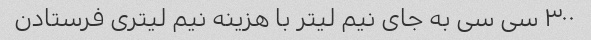
۳۰۰ سی سی به جای نیم لیتر با هزینه نیم لیتری فرستادن